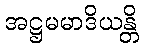
အဋ္ဌမမာဒိယန္တိ